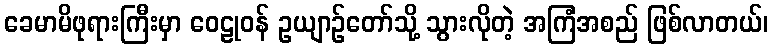
ခေမာမိဖုရားကြီးမှာ ဝေဠုဝန် ဥယျာဉ်တော်သို့ သွားလိုတဲ့ အကြံအစည် ဖြစ်လာတယ်၊